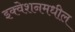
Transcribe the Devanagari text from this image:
इक्वेशनमधील